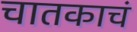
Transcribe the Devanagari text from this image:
चातकाचं